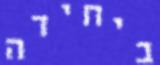
ביחידה